NAE_Eesti_seltside_protokollid_1900-1917, lk 3
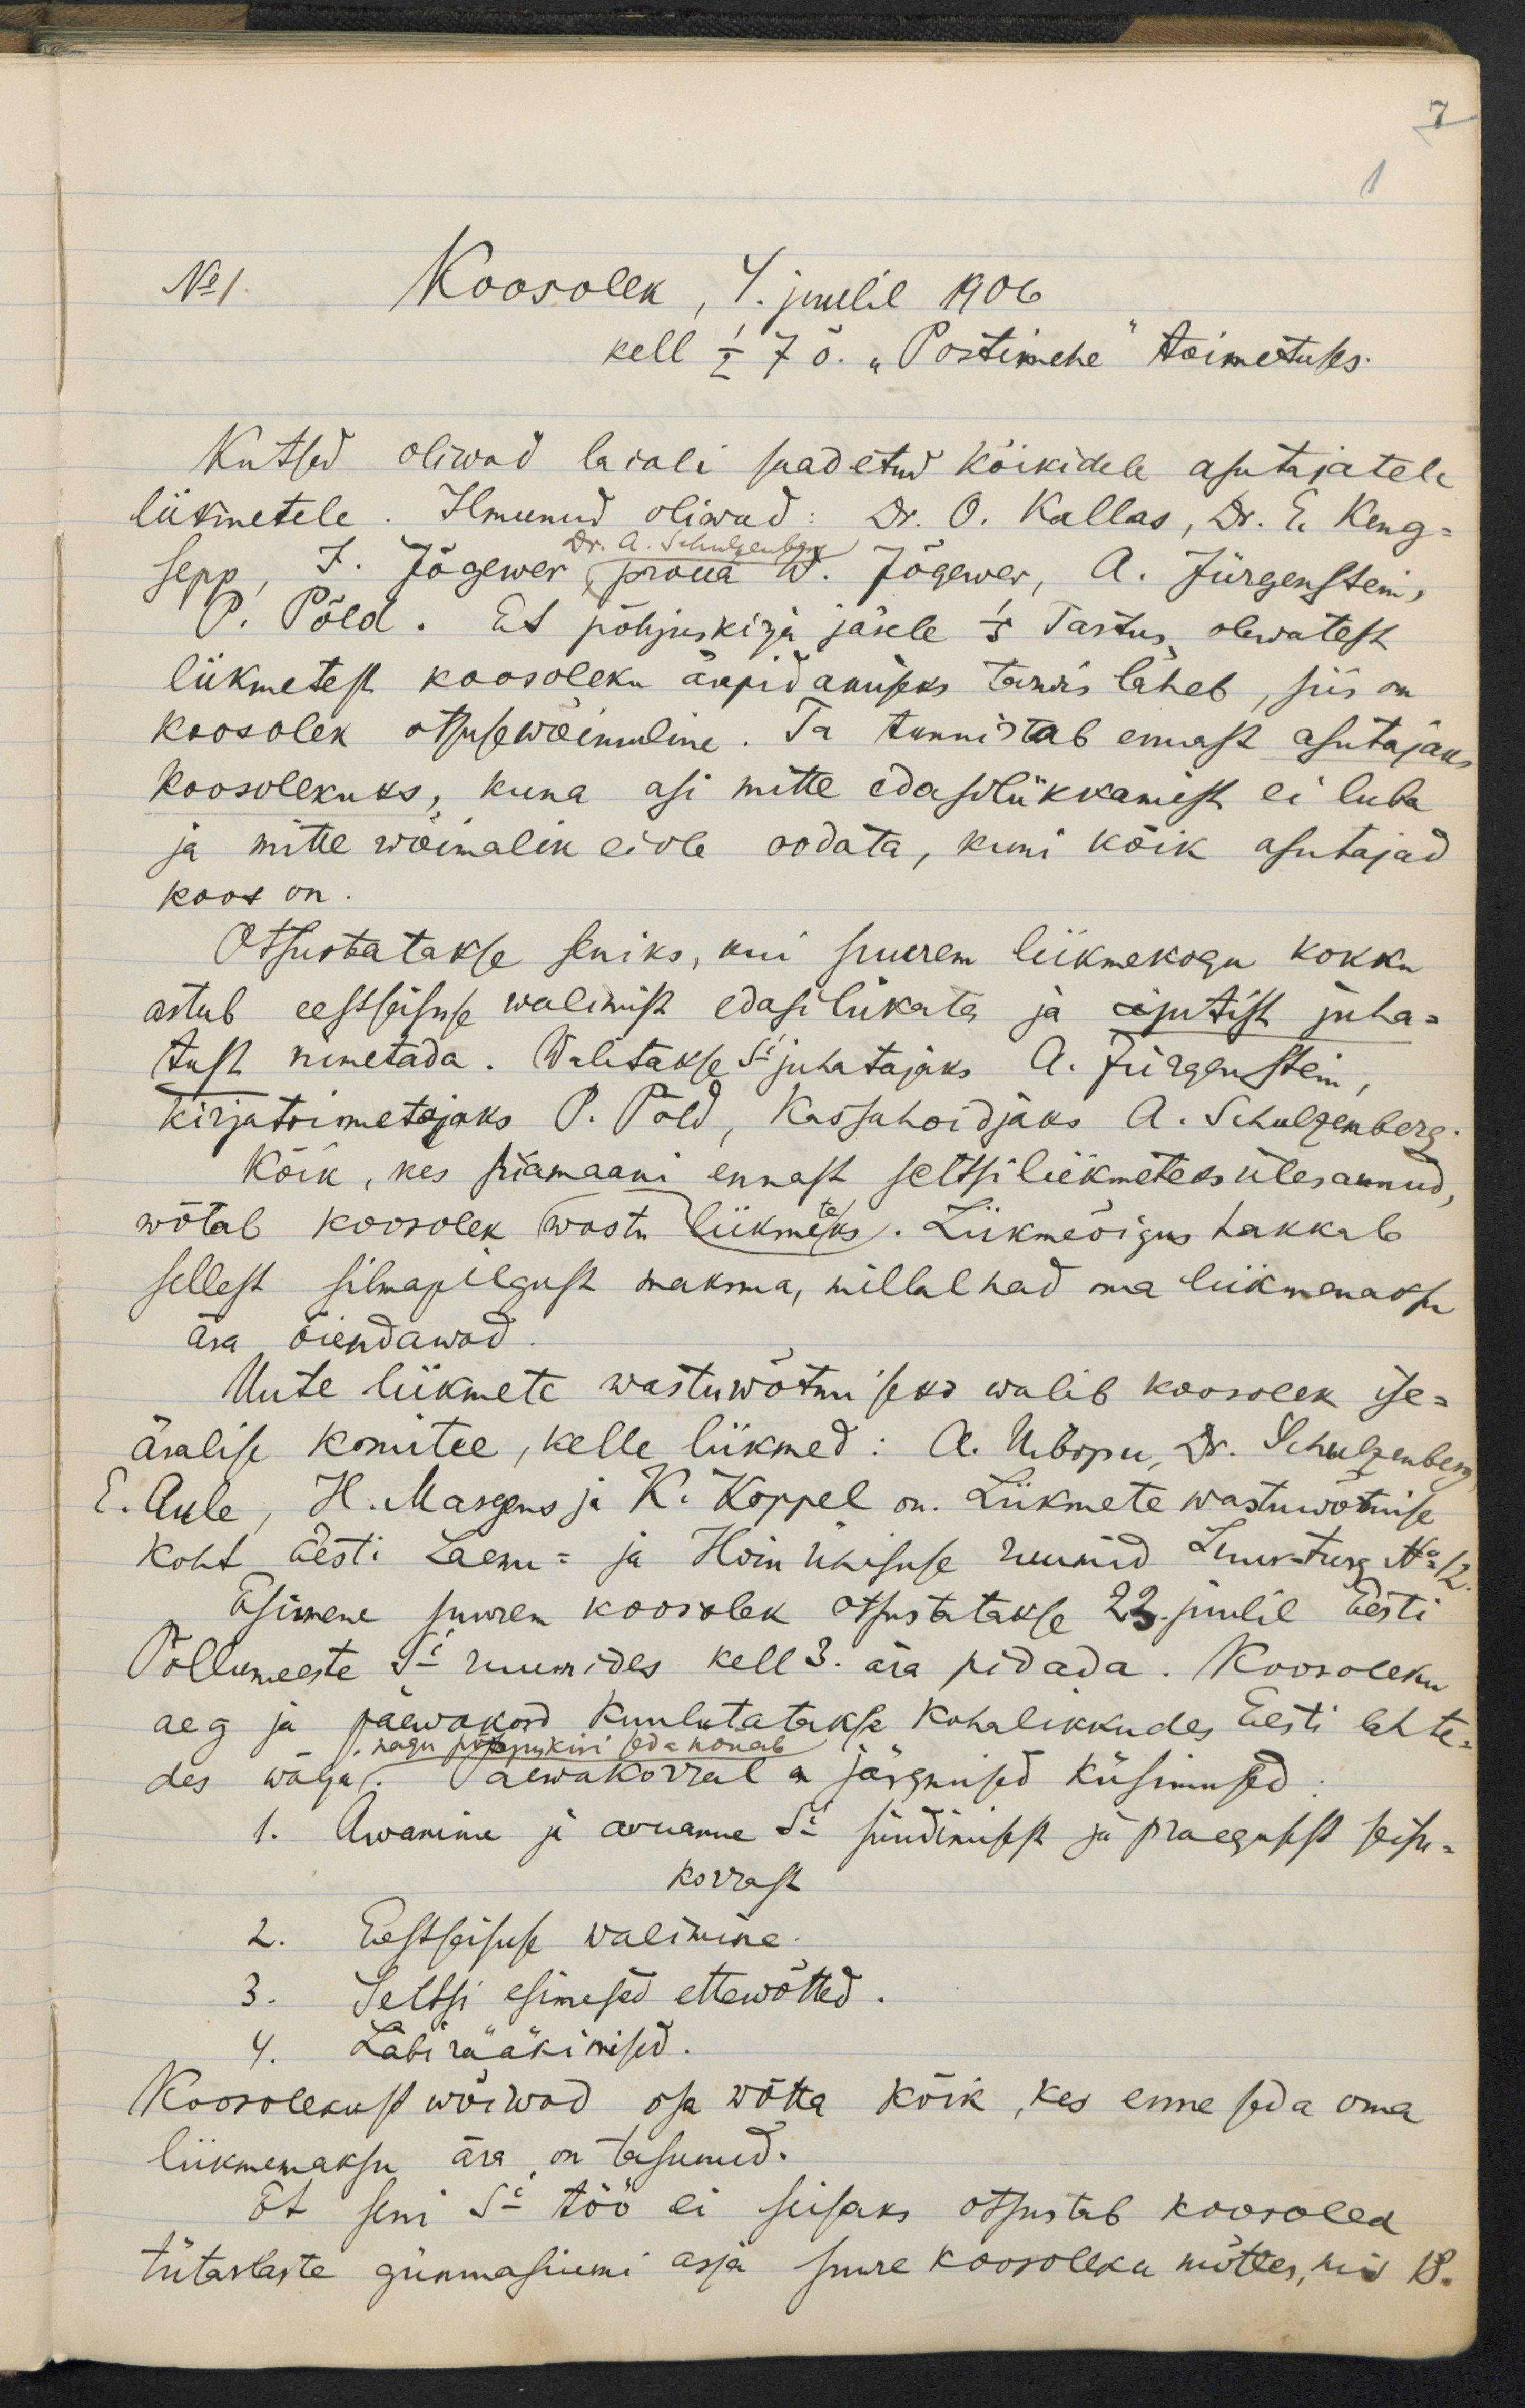
Koosolek, 4. juulil 1906
kell 1/2 7 o. "Postimehe" toimetuses
Kutsed oliwad laiali saadetud kõikidele asutajatele
liikmetele. Ilmunud oliwad: Dr. O. Kallas, Dr. E. Keng-
dr. A. Schulzenberg
sepp, J. Jõgewer, proua W. Jõgewer, A. Jürgenstein,
P. Põld. Et põhjuskirja järele 1/5 Tartus olewatest
liikmetest koosoleku ärapidanuks tarwis läheb, siis on
koosolek otsuswõimuline. Ta tunnistab ennast asutajaks
koosolekuks, kuna asi mitte edasilükkamist ei luba
ja mitte wõimalik ei ole oodata, kuni kõik asutajad
koos on.
Otsustatakse seniks, kui suurem liikmekogu kokku
astub eestseisuse walimist edasilükata ja ajutist juha-
tust nimetada. Walitakse Si juhatajaks A. Jürgenstein,
kirjatoimetajaks P. Pöld, kassahoidjaks A. Schulzenberg
Kõik, kes siiamaani ennast seltsiliikmeteks ülesannud
wõtab koosolek wastu liikmeks. Liikmeõigus hakkab
sellest silmapilgust maksma, millal nad oma liikmemaksu
ära õiendawad
Uute liikmete wastuwõtmiseks walib koosolek ise-
äralise komitee, kelle liikmed: A. Uibopu, Dr. Schulzenberg
E. Aule, H. Margus ja K. Koppel on. Liikmete wastuwõtmise
koht Eesti Laenu- ja Hoiuühisuse ruumid Suurturg No: 12
Esimene suurem koosolek otsustatakse 23 juulil Eesti
Põllumeeste Si ruumides kell 3. ära pidada. Koosoleku
aeg ja päewakord kuulutatakse kohalikkude Eesti lehte-
des wälja. Päewakorral on järgmised küsimused
1. Awamine ja aruanne Si sündmustest ja praegusest seisu-
korrast
2. Eestseisuse walimine
Seltsi esimesed ettewõtted.
Läbirääkimised.
Koosolekust wõiwad osa wõtta kõik, kes enne seda oma
liikmemaksu ära on tasunud.
Et seni Si töö ei seisaks otsustab koosolek
tütarlaste gümnasiumi asja suure koosoleku mõttes, siis 18.